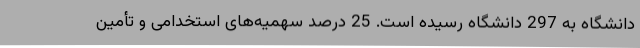
دانشگاه به 297 دانشگاه رسیده است. 25 درصد سهمیه‌های استخدامی و تأمین